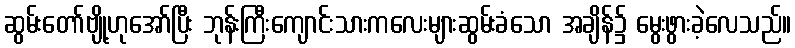
ဆွမ်းတော်ဗျို့ဟုအော်ပြီး ဘုန်းကြီးကျောင်းသားကလေးများဆွမ်းခံသော အချိန်၌ မွေးဖွားခဲ့လေသည်။